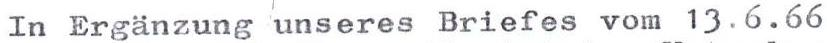
In Ergänzung unseres Briefes vom 13.6.66